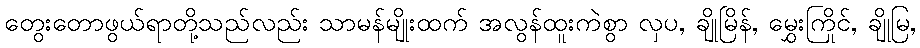
တွေးတောဖွယ်ရာတို့သည်လည်း သာမန်မျိုးထက် အလွန်ထူးကဲစွာ လှပ, ချိုမြိန်, မွှေးကြိုင်, ချိုမြ,